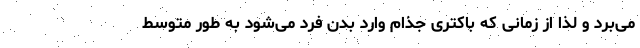
می‌برد و لذا از زمانی که باکتری جذام وارد بدن فرد می‌شود به طور متوسط